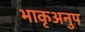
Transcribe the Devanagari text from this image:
भाकृअनुप